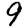
Digit: 9